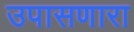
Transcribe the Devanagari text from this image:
उपासणारा